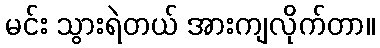
မင်း သွားရဲတယ် အားကျလိုက်တာ။